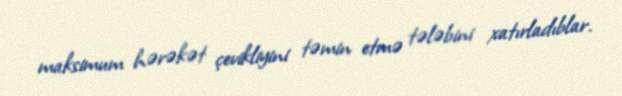
maksimum hərəkət çevikliyini təmin etmə tələbini xatırladıblar.